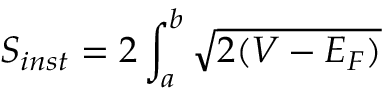
S _ { i n s t } = 2 \int _ { a } ^ { b } \sqrt { 2 ( V - E _ { F } ) }